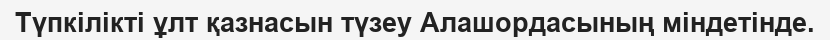
Түпкілікті ұлт қазнасын түзеу Алашордасының міндетінде.